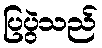
ပြပွဲသည်